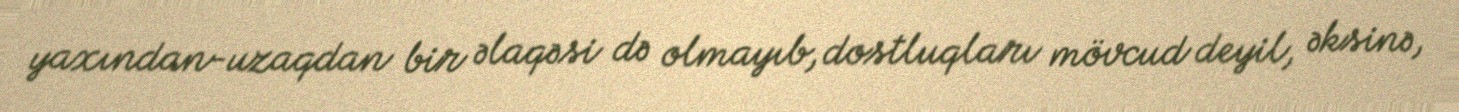
yaxından-uzaqdan bir əlaqəsi də olmayıb, dostluqları mövcud deyil, əksinə,